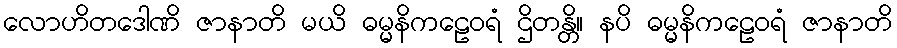
လောဟိတဒေါဏိ ဇာနာတိ မယိ ဓမ္မနိကဠေဝရံ ဌိတန္တိ။ နပိ ဓမ္မနိကဠေဝရံ ဇာနာတိ